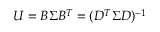
U = B \Sigma B ^ { T } = ( D ^ { T } \Sigma D ) ^ { - 1 }